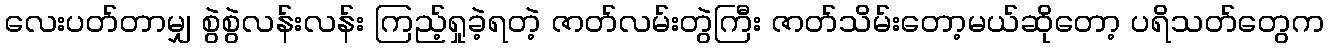
လေးပတ်တာမျှ စွဲစွဲလန်းလန်း ကြည့်ရှုခဲ့ရတဲ့ ဇာတ်လမ်းတွဲကြီး ဇာတ်သိမ်းတော့မယ်ဆိုတော့ ပရိသတ်တွေက